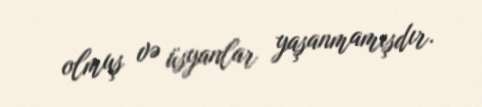
olmuş və üsyanlar yaşanmamışdır.